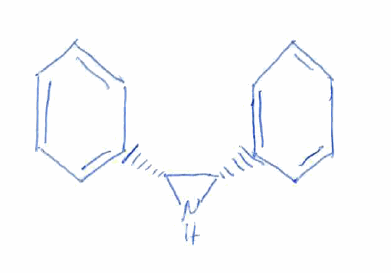
Simplified molecular-input line-entry system (SMILES) notation of the given molecule:
C1=CC=C(C=C1)[C@H]2[C@H](N2)C3=CC=CC=C3